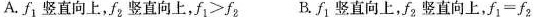
A.f_{1}竖直向上，f_{2}竖直向上，$$f _ {1} ≥ f_{2}$$ B.f_{1}竖直向上，f_{2}竖直向上，$$f _ { 1 } = f _ { 2 }$$